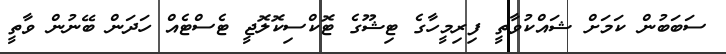
ސަބަބުން ކަމަށް ޝައްކުވާތީ ފިރިމީހާގެ ޓިޝޫގެ ޓޮކްސިކޮލޮޖީ ޓެސްޓެއް ހަދަން ބޭނުން ވާތީ